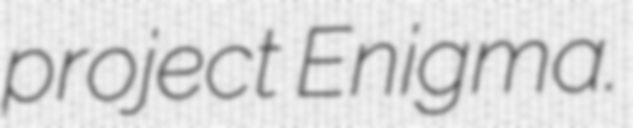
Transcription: project Enigma.